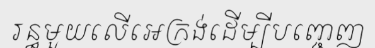
រន្ធមួយលើអេក្រង់ដើម្បីបញ្ចេញ